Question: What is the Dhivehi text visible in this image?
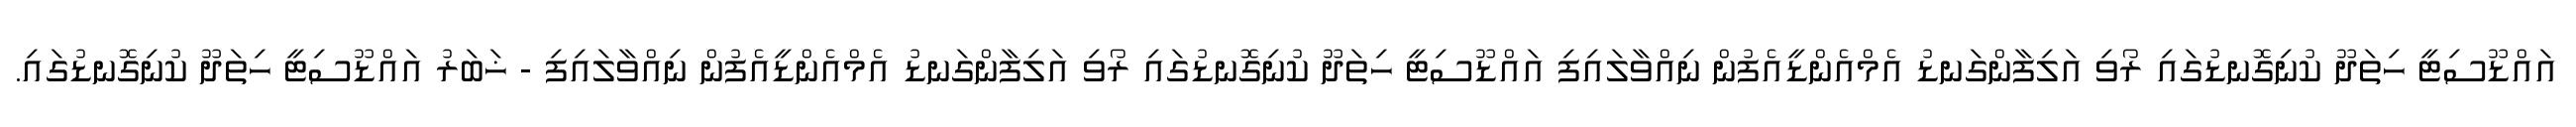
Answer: އައްޑޫސިޓީ ހިތަދޫ ކުނިގޮނޑުގައި ރޯވި އަލިފާންގަނޑު އެމްއެންޑީއެފުން ނިއްވާލައިފި އައްޑޫސިޓީ ހިތަދޫ ކުނިގޮނޑުގައި ރޯވި އަލިފާންގަނޑު އެމްއެންޑީއެފުން ނިއްވާލައިފި - ޚަބަރު އައްޑޫސިޓީ ހިތަދޫ ކުނިގޮނޑުގައި.